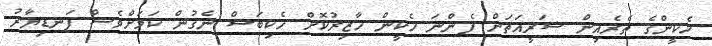
ހެކީންގެ ތެރެއިން ޝަރީއަތަށް ފެންނަ ހެކީން ހާޒިރުކޮށް ހެކިބަސް ނެގުން ކަމަށްވެސް ފަނޑިޔާރު